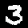
Label: 3